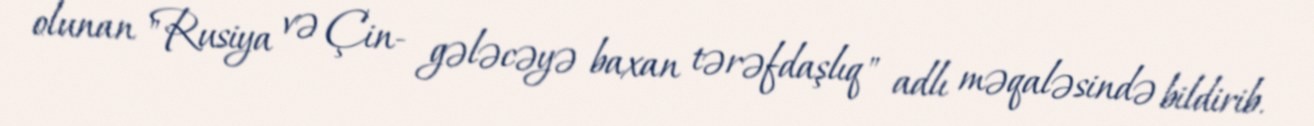
olunan "Rusiya və Çin- gələcəyə baxan tərəfdaşlıq" adlı məqaləsində bildirib.